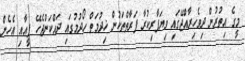
މީގެ އިތުރުން ދިވެހިރާއްޖޭގައި ވިޔަފާރިކުރާ ފަރާތްތަކުން ޚިދުމަތް ހޯދުމުގައި ދައްކަންޖެހޭ ފީއާއި އެހެން